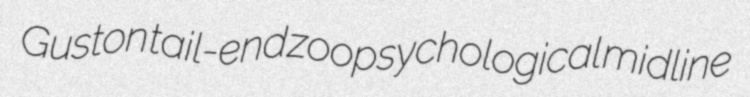
Guston tail-end zoopsychological midline